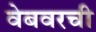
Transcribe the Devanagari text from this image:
वेबवरची